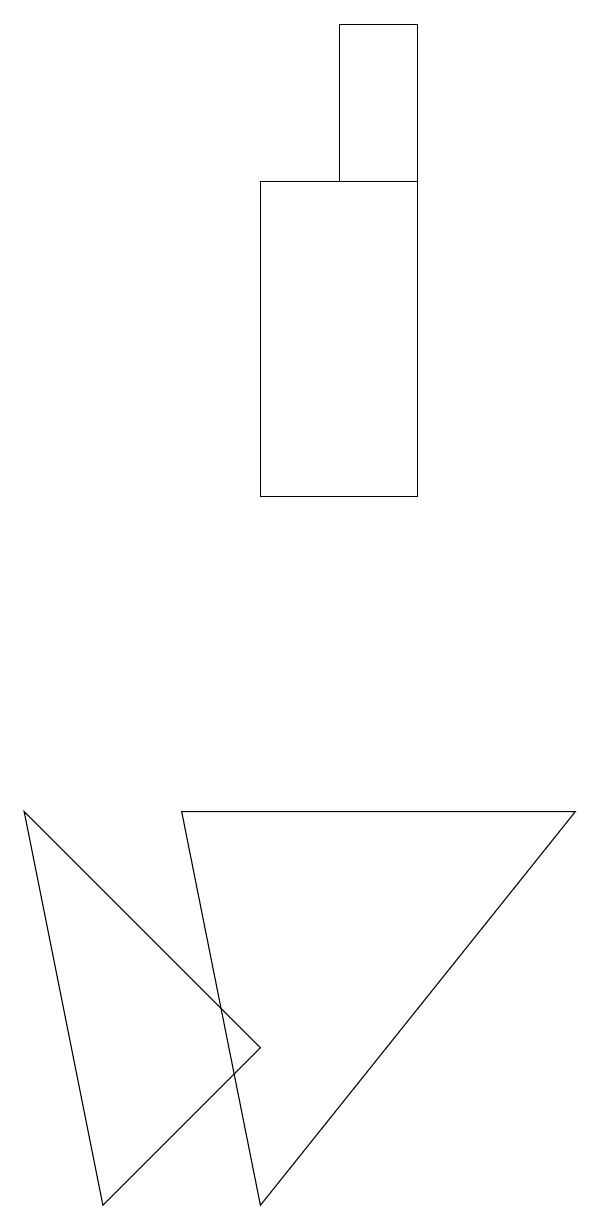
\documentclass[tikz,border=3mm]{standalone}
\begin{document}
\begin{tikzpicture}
\draw (4,3) -- (8,8) -- (3,8) -- cycle;
\draw (6,18) rectangle (5,16);
\draw (4,16) rectangle (6,12);
\draw (4,5) -- (2,3) -- (1,8) -- cycle;
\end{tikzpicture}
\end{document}